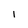
Character: l